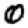
Digit: 0